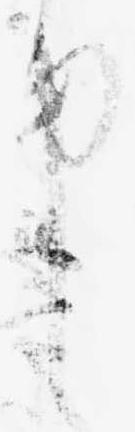
申